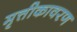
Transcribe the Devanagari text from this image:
मृत्तीकावरण